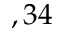
, 3 4